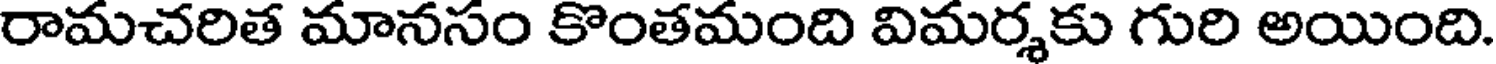
రామచరిత మానసం కొంతమంది విమర్శకు గురి అయింది.